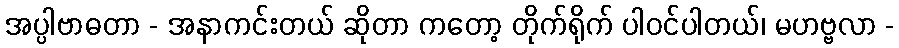
အပ္ပါဗာဓတာ - အနာကင်းတယ် ဆိုတာ ကတော့ တိုက်ရိုက် ပါဝင်ပါတယ်၊ မဟဗ္ဗလာ -